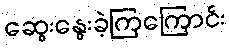
ဆွေးနွေးခဲ့ကြကြောင်း